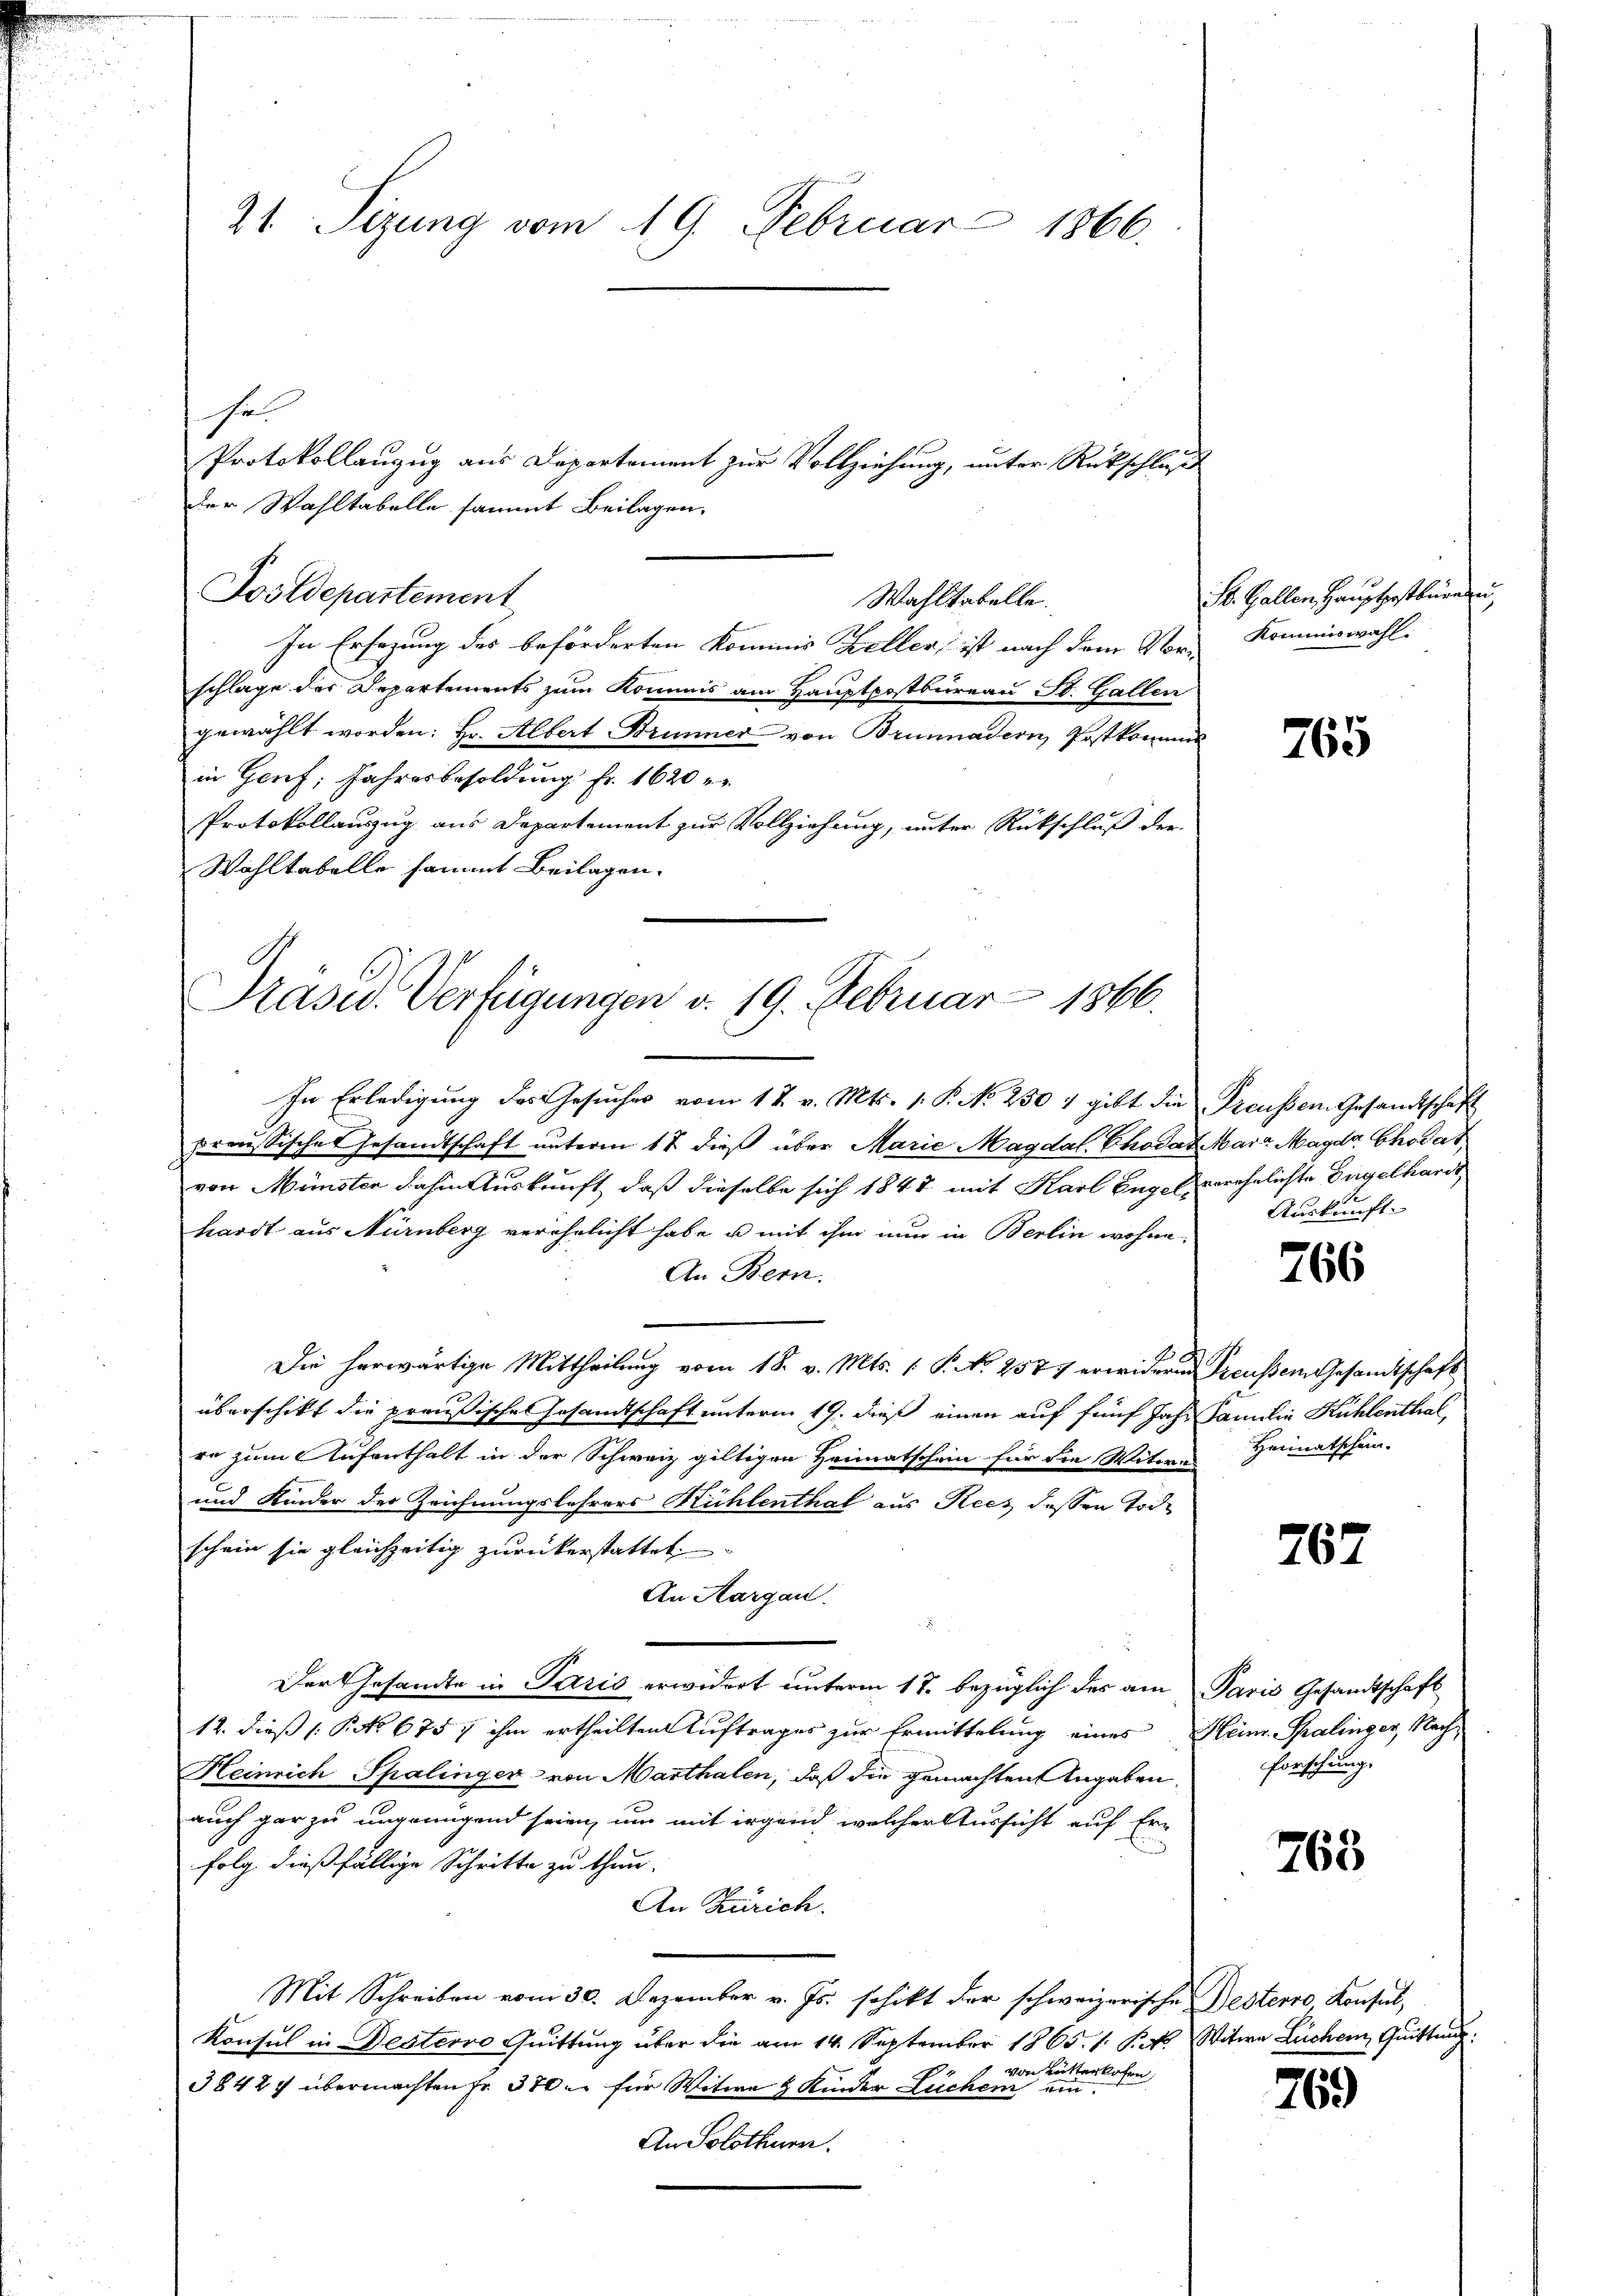
21. Sizung vom 19. Februar 1866.
se
Protokollanzug aus Departement zur Vollziehung, unter Rückschluß
der Wahltabelle sammt Beilagen

Postdepartement
In Ersezung des beförderten Kommis Keller, ist nach dem Vor- Kommiswahl-
schlage des Departements zum Kommis am Hauptpostbureau St. Gallen
gewählt worden: Hr. Albert Brunner von Brunnadern Postkommis
in Genf, Jahresbesoldung Fr. 1620
Protokollauszug aus Departement zur Vollziehung, unter Rückschluß der
Wahltabelle sammt Beilagen.

Wahltabelle.

Präsid. Verfügungen v. 19. Februar 1866.

In Erledigung des Gesuches vom 17. v. Mts. 1. P. No. 230 4 gibt die Preussen Gesandtschaft
preussische Gesandtschaft unterm 17. dieß über Marie Magdal, Chodat Mair Magde Chodat
von Münsten dahin Auskunft, daß dieselbe sich 1847 mit Karl Engel verehelichte Engelhardt,
hardt aus Nürnberg verehelicht habe u mit ihm nun in Berlin wohne
An Bern.
Die herwärtige Mittheilung vom 18. v. Mts. ( P. No 2577 erwideren Preußen Gesandtschaft
überschikt die preußisches Gesandtschaft unterm 19. dieß einen auf fünf Jahr Familie Kühlenthal
 zum Aufenthalt in der Schweiz giltigen Heimatschein für die Witwes
und Kinder des Zeichnungslehrers Hühlenthal aus Recs dessen Tode
schein sie gleichzeitig zurückerstattet.
An Aargau.
Der Gesandte in Paris erwidert unterm 17. bezüglich des am Paris Gesandtschaft
12. dieß (: No 675 7 ihm ertheilten Auftrages zur Ermittelung eines Heim. Spalinger, Nach¬
Heinrich Spalinger von Marthalen, daß die gemachten Angaben,
auch gar zu ungenügend seien, um mit irgend welcher Aussicht auf Er-
folg dießfällige Schritte zu thun.
An Zürich.
Mit Schreiben vom 30. Dezember v. Js. schikt der schweizerische Besterro Konsul,
Konsul in Desterro Quittung über die am 14. September 1865. 1. K.k. Witwe Lücher, Quittun
von Butterkofen,
38427 übermachten Fr. 370 u. für Witwe & Kinder Lücher ein¬
An Solothurn.

St. Gallen Hauptpostbureau

765

Auskunft.

766

Heimatschein.

767

Forschung.

763

769